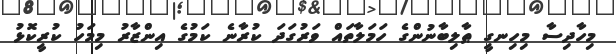
މިހާދިސާ މިހިނގީ ޠާލިބާނުންގެ ހަމަލާތައް ވަރުގަދަ ކުރާނެ ކަމުގެ އިންޒާރު މިމަހު ކުރީކޮޅު